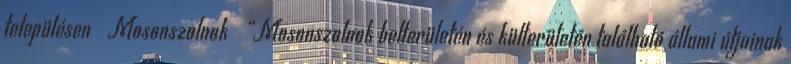
településen ▪Mosonszolnok ▪„Mosonszolnok belterületén és külterületén található állami útjainak